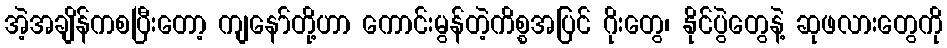
အဲ့အချိန်ကစပြီးတော့ ကျနော်တို့ဟာ ကောင်းမွန်တဲ့ကိစ္စအပြင် ဂိုးတွေ၊ နိုင်ပွဲတွေနဲ့ ဆုဖလားတွေကို